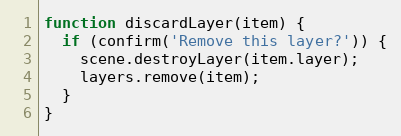
Language: JavaScript
function discardLayer(item) {
  if (confirm('Remove this layer?')) {
    scene.destroyLayer(item.layer);
    layers.remove(item);
  }
}